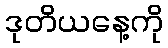
ဒုတိယနေ့ကို